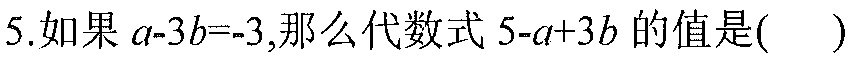
5.如果\(a - 3b=-3\),那么代数式\(5 - a + 3b\)的值是(  )